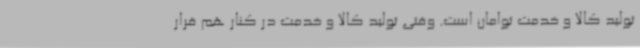
تولید کالا و خدمت توامان است. وقتی تولید کالا و خدمت در کنار هم قرار